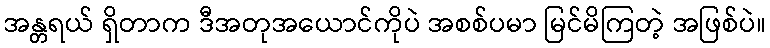
အန္တရယ် ရှိတာက ဒီအတုအယောင်ကိုပဲ အစစ်ပမာ မြင်မိကြတဲ့ အဖြစ်ပဲ။